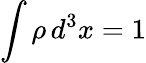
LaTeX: \int\rho\, d^{3}x=1